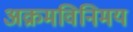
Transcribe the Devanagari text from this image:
अक्रमविनिमय